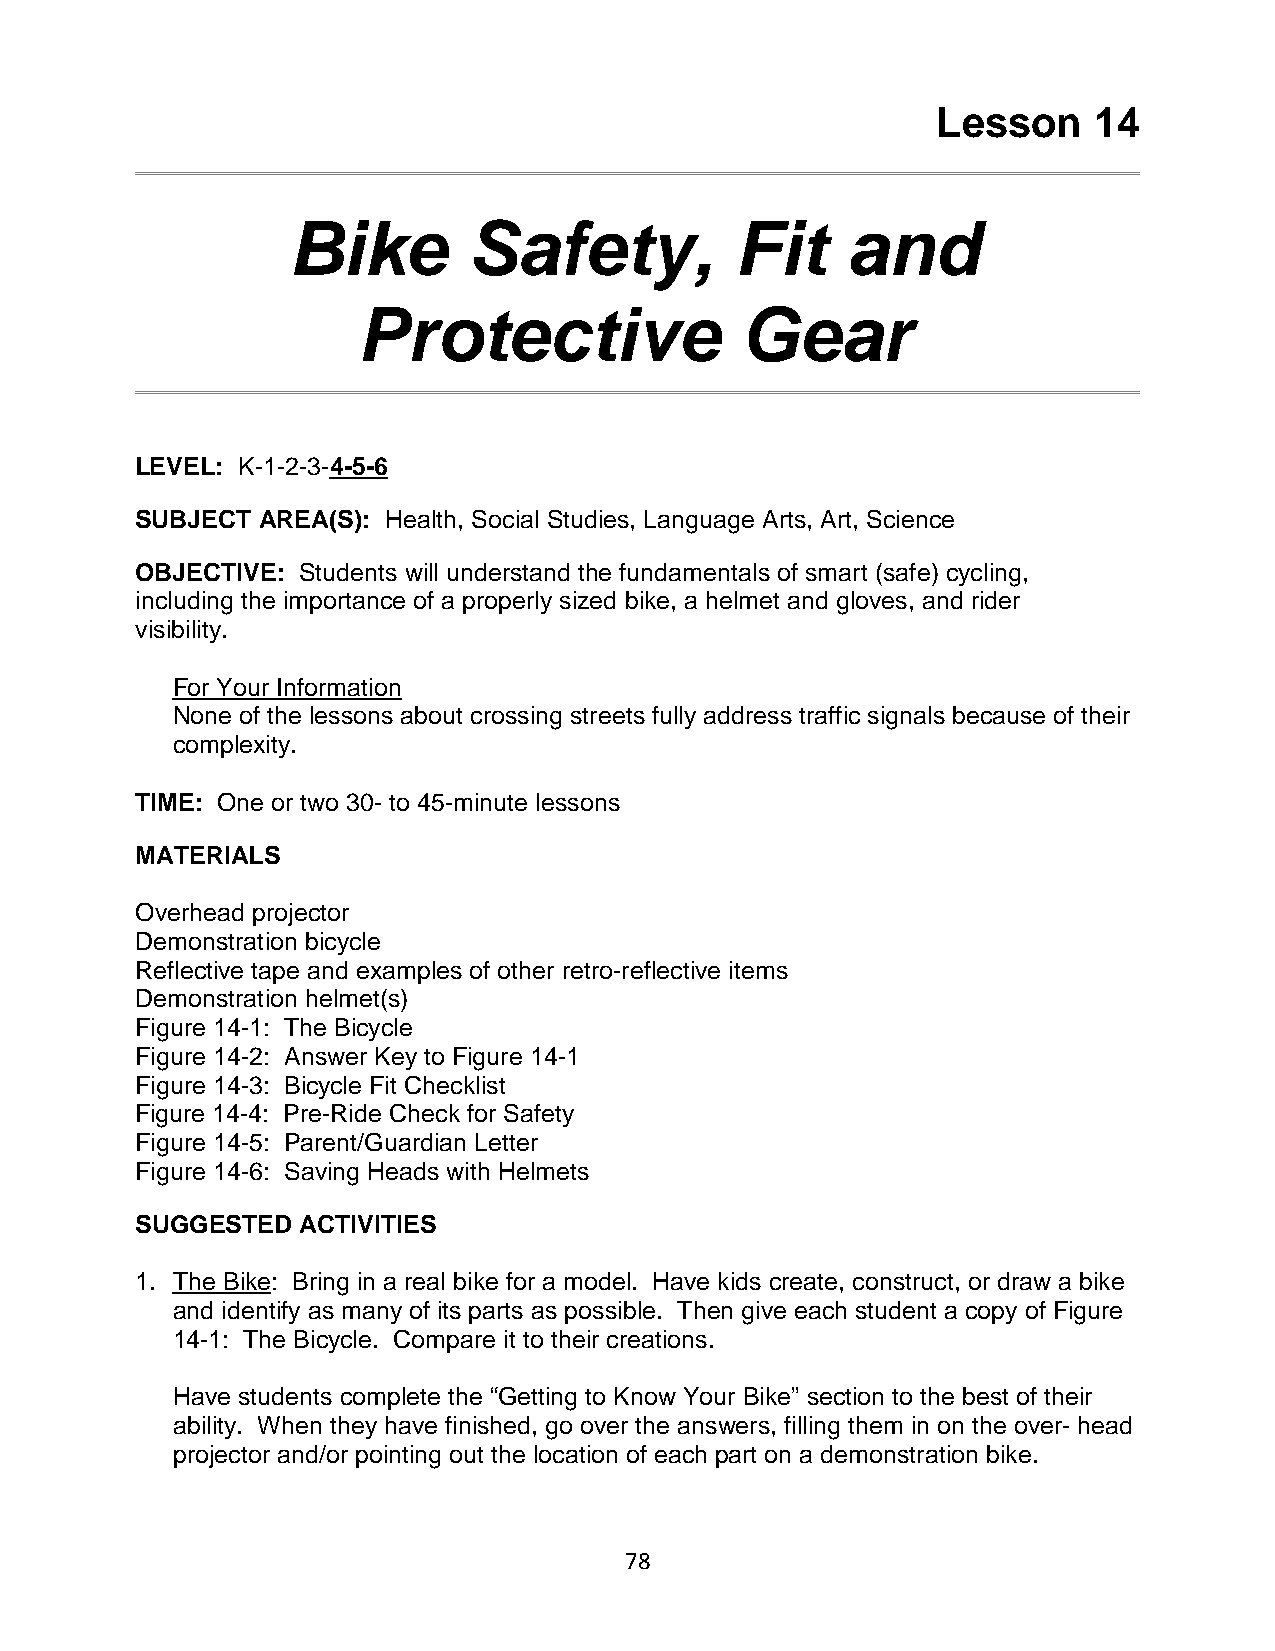
Lesson    14
 Bike        Safety,           Fit    and
 Protective               Gear
 LEVEL: K-1-2-3-4-5-6
 SUBJECT AREA(S): Health, Social Studies, Language Arts, Art, Science
 OBJECTIVE: Students will understand the fundamentals of smart (safe) cycling,
 including the importance of a properly sized bike, a helmet and gloves, and rider
 visibility.
 For Your Information
 None of the lessons about crossing streets fully address traffic signals because of their
 complexity.
 TIME: One or two 30- to 45-minute lessons
 MATERIALS
 Overhead projector
 Demonstration bicycle
 Reflective tape and examples of other retro-reflective items
 Demonstration helmet(s)
 Figure 14-1: The Bicycle
 Figure 14-2: Answer Key to Figure 14-1
 Figure 14-3: Bicycle Fit Checklist
 Figure 14-4: Pre-Ride Check for Safety
 Figure 14-5: Parent/Guardian Letter
 Figure 14-6: Saving Heads with Helmets
 SUGGESTED  ACTIVITIES
 1. The Bike: Bring in a real bike for a model. Have kids create, construct, or draw a bike
 and identify as many of its parts as possible. Then give each student a copy of Figure
 14-1: The Bicycle. Compare it to their creations.
 Have students complete the “Getting to Know Your Bike” section to the best of their
 ability. When they have finished, go over the answers, filling them in on the over- head
 projector and/or pointing out the location of each part on a demonstration bike.
 78